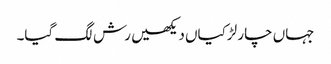
جہاں چار لڑکیاں دیکھیں رش لگ گیا۔